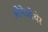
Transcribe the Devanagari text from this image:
ओनेओथेर